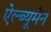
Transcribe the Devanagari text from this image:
ऐल्ब्यूमेन